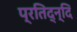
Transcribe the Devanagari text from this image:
प्रतिद्न्दि